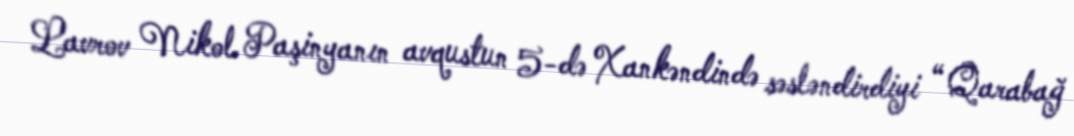
Lavrov Nikol Paşinyanın avqustun 5-də Xankəndində səsləndirdiyi “ Qarabağ